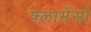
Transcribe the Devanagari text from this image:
फ्लामेंसो